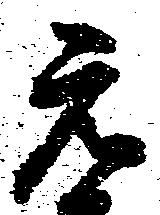
元